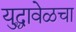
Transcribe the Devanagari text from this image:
युद्धावेळचा